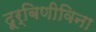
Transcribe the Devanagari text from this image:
दूर्बिणीविना